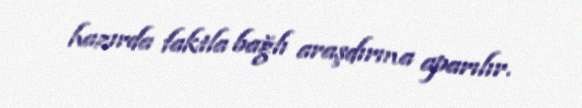
hazırda faktla bağlı araşdırma aparılır.